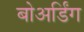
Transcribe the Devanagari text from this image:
बोअर्डिंग